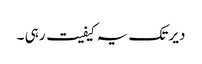
دیر تک یہ کیفیت رہی ۔